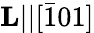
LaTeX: \mathbf{L}||[\bar{1}01]